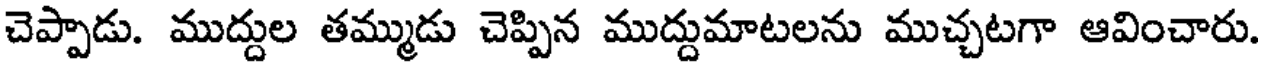
చెప్పాడు. ముద్దుల తమ్ముడు చెప్పిన ముద్దుమాటలను ముచ్చటగా ఆవించారు.